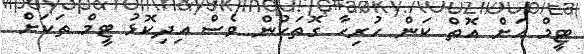
ޓީމް އަށް އޮތް ކަން ހުރިހާ ގޮތަކުން ވެސް އިދިކޮޅު ޓީމް ތަކަށް